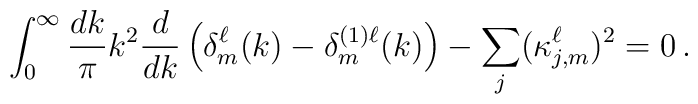
\int_0^\infty \frac{dk}{\pi} k^2 \frac{d}{dk}\left(\delta_m^\ell(k) -\delta_m^{(1)\ell}(k) \right) - \sum_j (\kappa^\ell_{j,m})^2  = 0\, .